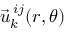
\vec { u } _ { k } ^ { \: i j } ( r , \theta )